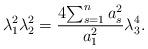
LaTeX: \begin{align*}\lambda_1^2\lambda_2^2=\frac{4{\sum_{s=1}^na_s^2}}{a_1^2}\lambda_3^4.\end{align*}